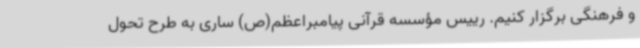
و فرهنگی برگزار کنیم. رییس مؤسسه قرآنی پیامبراعظم(ص) ساری به طرح تحول